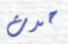
حدث